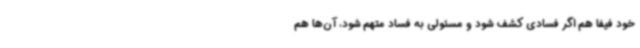
خود فیفا هم اگر فسادی کشف شود و مسئولی به فساد متهم شود، آن‌ها هم